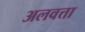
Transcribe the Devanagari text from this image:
अलवत्ता